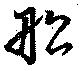
舩